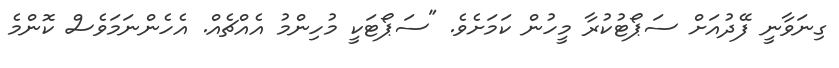
ގިނަވާނީ ފޭދުއަށް ސަޕޯޓުކުރާ މީހުން ކަމަށެވެ. "ސަޕޯޓަކީ މުހިންމު އެއްޗެއް. އެހެންނަމަވެސް ކޮންމެ